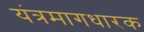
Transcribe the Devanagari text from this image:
यंत्रमागधारक